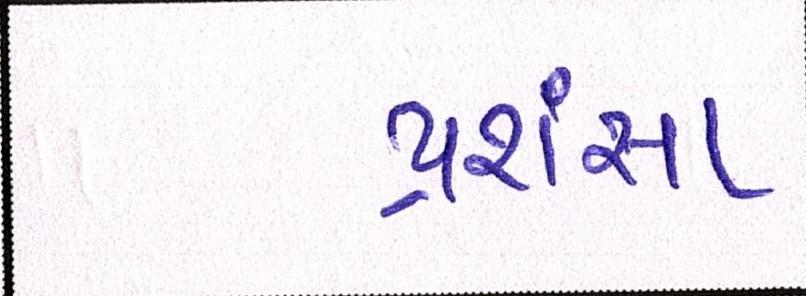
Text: પ્રશંસા